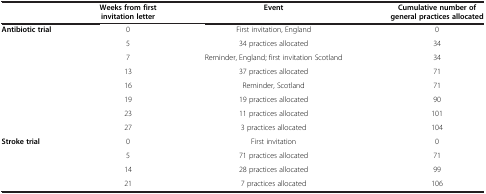
|  | Weeks from first invitation letter | Event | Cumulative number of general practices allocated |
 | --- | --- | --- | --- |
 | Antibiotic trial | 0 | First invitation, England | 0 |
 |  | 5 | 34 practices allocated | 34 |
 |  | 7 | Reminder, England; first invitation Scotland | 34 |
 |  | 13 | 37 practices allocated | 71 |
 |  | 16 | Reminder, Scotland | 71 |
 |  | 19 | 19 practices allocated | 90 |
 |  | 23 | 11 practices allocated | 101 |
 |  | 27 | 3 practices allocated | 104 |
 | Stroke trial | 0 | First invitation | 0 |
 |  | 5 | 71 practices allocated | 71 |
 |  | 14 | 28 practices allocated | 99 |
 |  | 21 | 7 practices allocated | 106 |